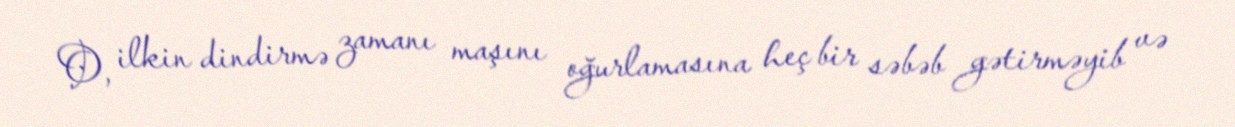
O, ilkin dindirmə zamanı maşını oğurlamasına heç bir səbəb gətirməyib və